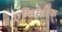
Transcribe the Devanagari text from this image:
एन्टिसेप्टिक